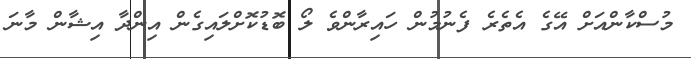
މުސްކާންއަށް އޭގެ އެތެރެ ފެނުމުން ހައިރާންވެ ލޯ ބޮޑުކޮށްލައިގެން އިންދާ އިޝާން މާނަ